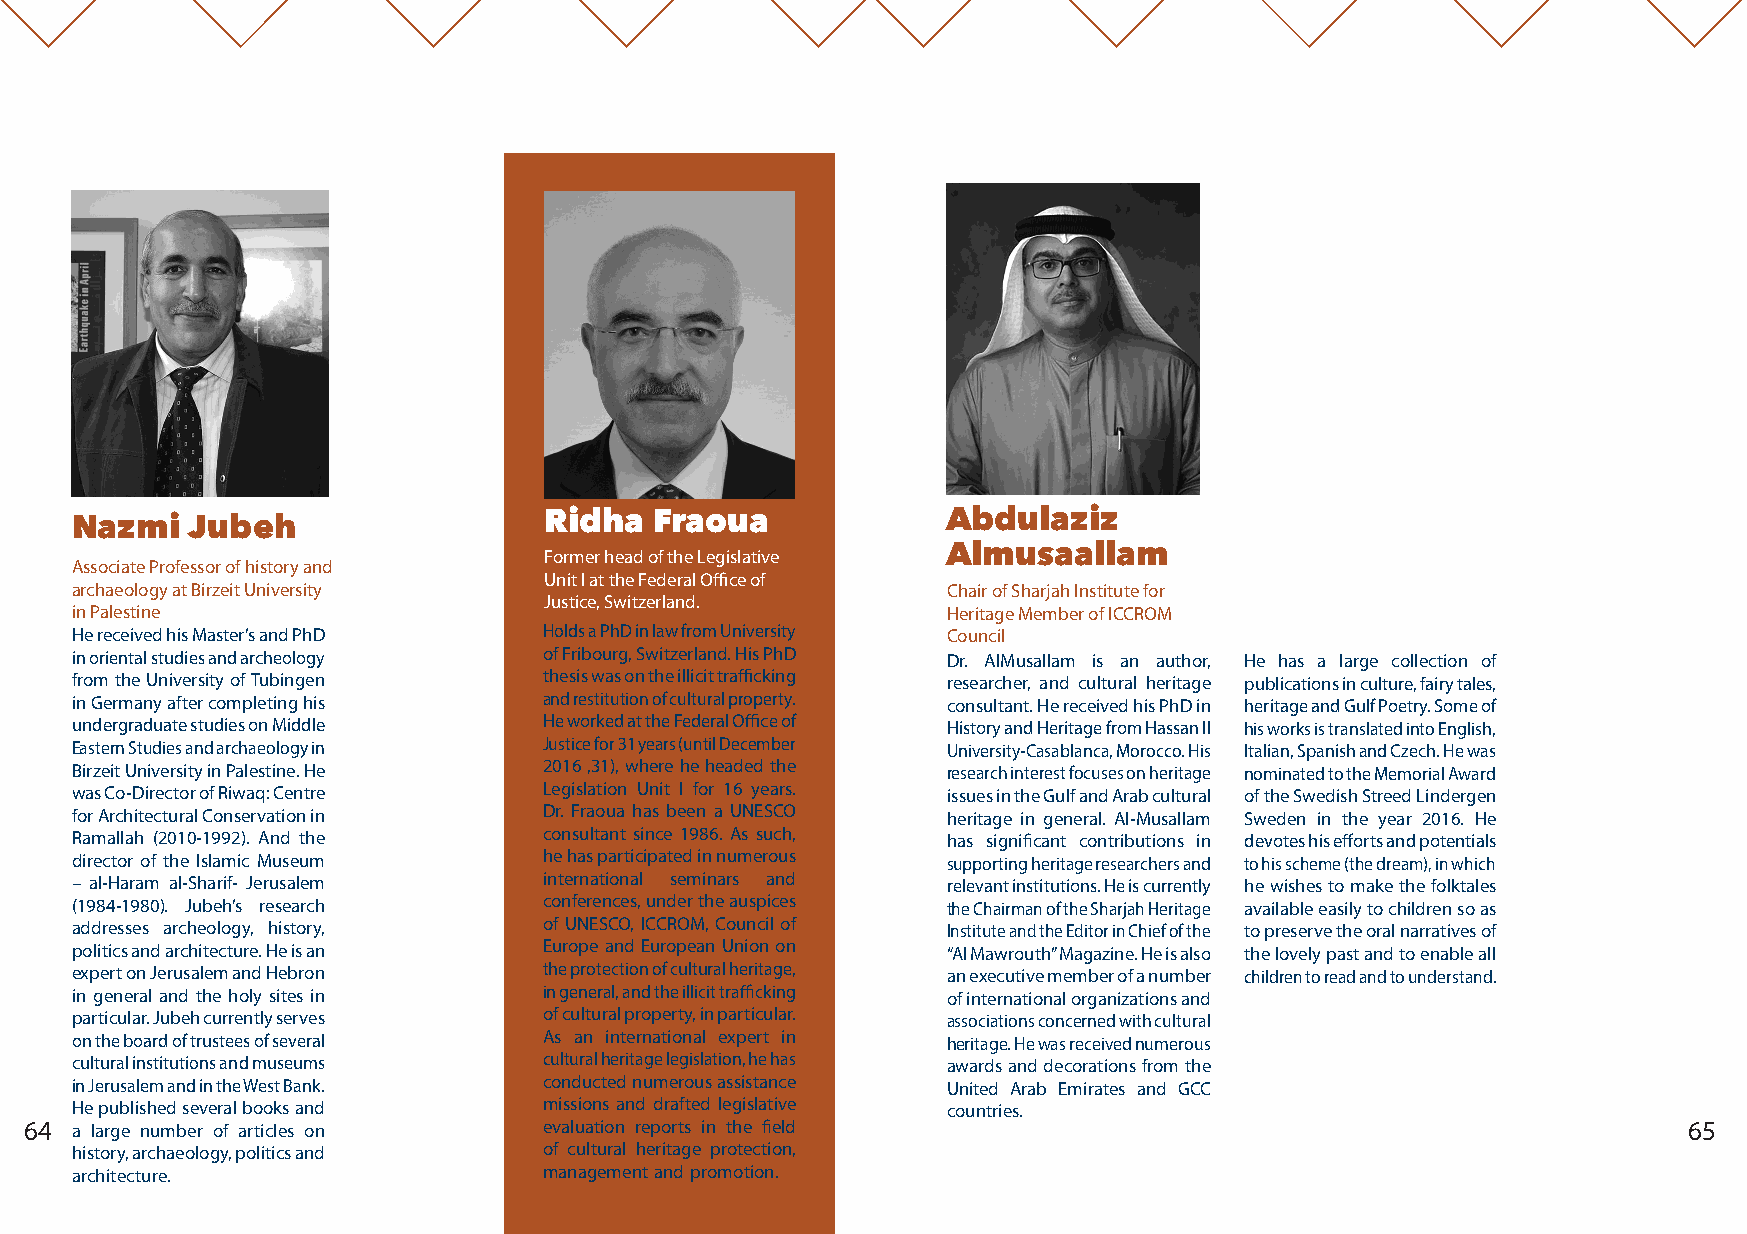
Nazmi   Jubeh                  Ridha  Fraoua              Abdulaziz
 Almusaallam
 Former head of the Legislative
 Associate Professor of history and
 Unit I at the Federal Office of
 archaeology at Birzeit University                         Chair of Sharjah Institute for
 Justice, Switzerland.
 in Palestine                                              Heritage Member of ICCROM
 He received his Master’s and PhD Holds a PhD in law from University Council
 in oriental studies and archeology of Fribourg, Switzerland. His PhD Dr. AIMusallam is an author, He has a large collection of
 from the University of Tubingen thesis was on the illicit trafficking researcher, and cultural heritage publications in culture, fairy tales,
 in Germany after completing his and restitution of cultural property. consultant. He received his PhD in heritage and Gulf Poetry. Some of
 undergraduate studies on Middle He worked at the Federal Office of History and Heritage from Hassan II his works is translated into English,
 Eastern Studies and archaeology in Justice for 31 years (until December University-Casablanca, Morocco. His Italian, Spanish and Czech. He was
 Birzeit University in Palestine. He 2016 ,31), where he headed the research interest focuses on heritage nominated to the Memorial Award
 was Co-Director of Riwaq: Centre Legislation Unit I for 16 years. issues in the Gulf and Arab cultural of the Swedish Streed Lindergen
 for Architectural Conservation in Dr. Fraoua has been a UNESCO heritage in general. Al-Musallam Sweden in the year 2016. He
 Ramallah (2010-1992). And the  consultant since 1986. As such, has significant contributions in devotes his efforts and potentials
 director of the Islamic Museum he has participated in numerous supporting heritage researchers and to his scheme (the dream), in which
 – al-Haram al-Sharif- Jerusalem international seminars and relevant institutions. He is currently he wishes to make the folktales
 (1984-1980). Jubeh’s research  conferences, under the auspices the Chairman of the Sharjah Heritage available easily to children so as
 addresses archeology, history, of UNESCO, ICCROM, Council of Institute and the Editor in Chief of the to preserve the oral narratives of
 politics and architecture. He is an Europe and European Union on “Al Mawrouth” Magazine. He is also the lovely past and to enable all
 expert on Jerusalem and Hebron the protection of cultural heritage, an executive member of a number children to read and to understand.
 in general and the holy sites in in general, and the illicit trafficking of international organizations and
 particular. Jubeh currently serves of cultural property, in particular. associations concerned with cultural
 on the board of trustees of several As an international expert in heritage. He was received numerous
 cultural institutions and museums cultural heritage legislation, he has awards and decorations from the
 in Jerusalem and in the West Bank. conducted numerous assistance United Arab Emirates and GCC
 He published several books and missions and drafted legislative countries.
 64 a large number of articles on  evaluation reports in the field                                             65
 history, archaeology, politics and of cultural heritage protection,
 architecture.                  management and promotion.